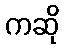
ကဆို